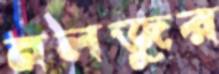
নলজুর